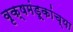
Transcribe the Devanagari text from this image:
वृक्षमंडूकांच्या